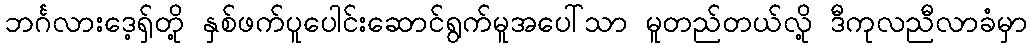
ဘင်္ဂလားဒေ့ရှ်တို့ နှစ်ဖက်ပူပေါင်းဆောင်ရွက်မူအပေါ်သာ မူတည်တယ်လို့ ဒီကုလညီလာခံမှာ